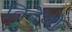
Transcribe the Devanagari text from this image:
विदेवो